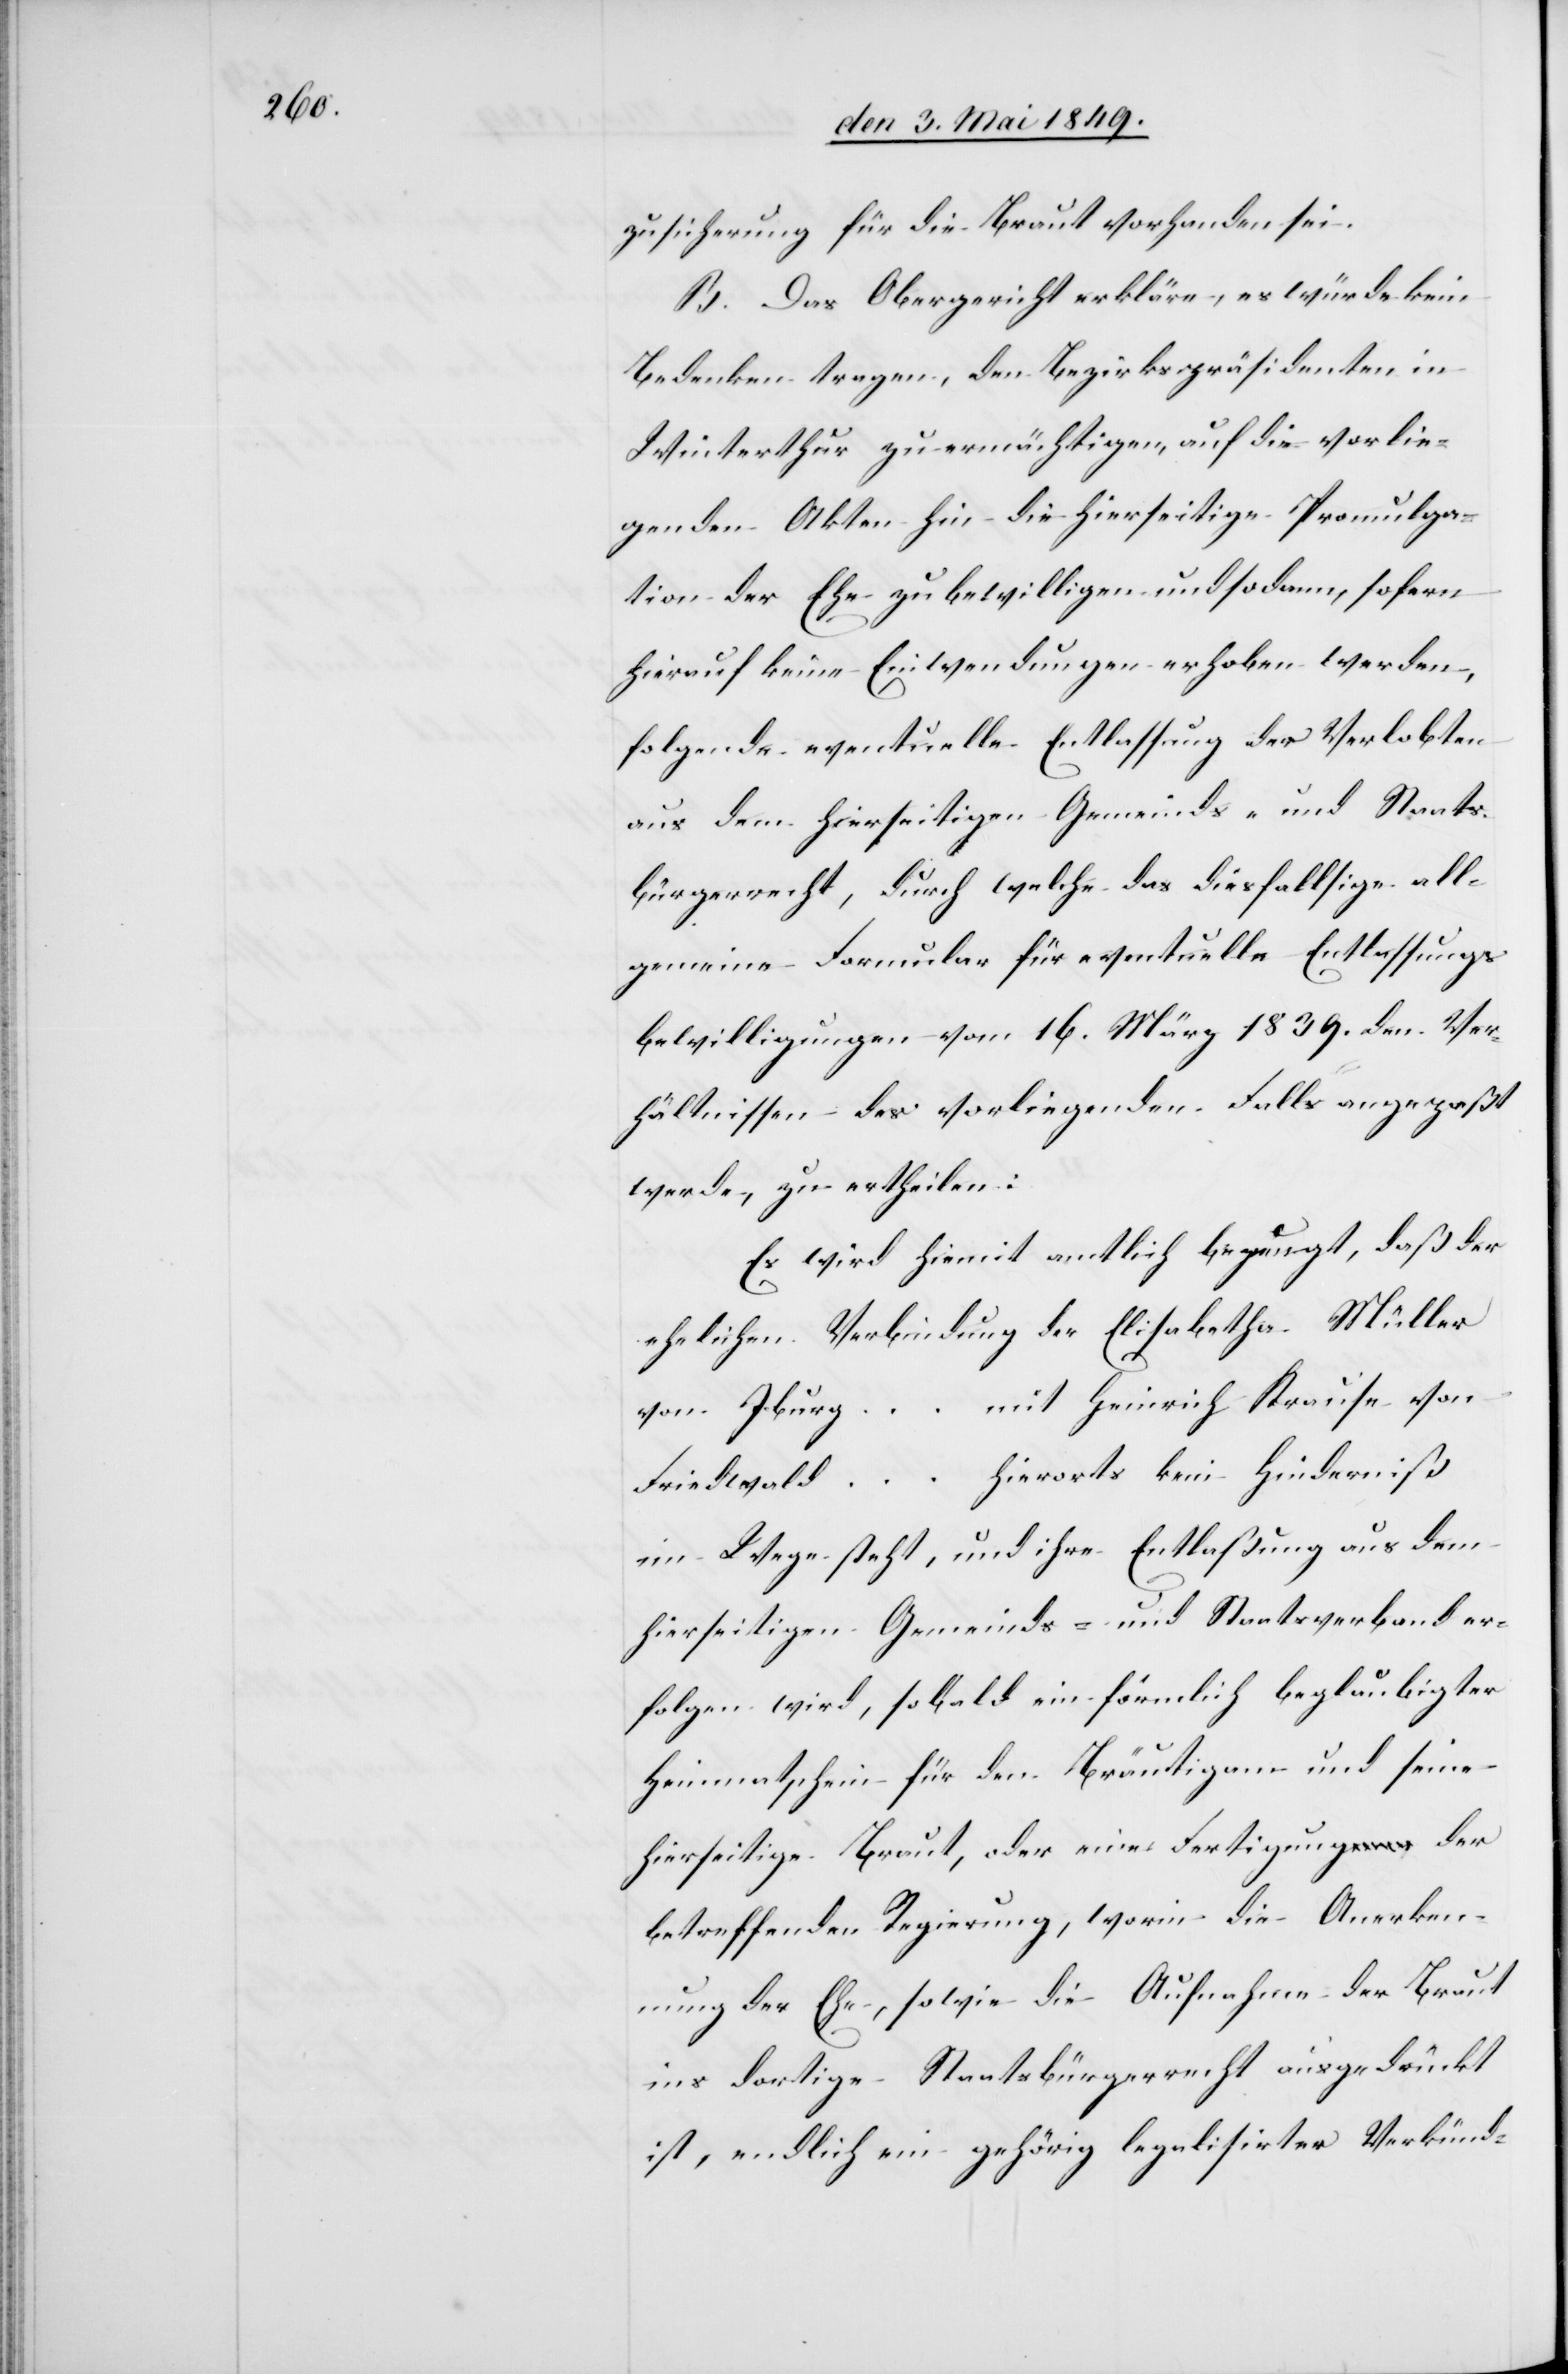
Zusicherung für die Braut vorhanden sei.
B. Das Obergericht erkläre, es würde kein
Bedenken tragen, den Bezirksgerichtspräsidenten in
Winterthur zu ermächtigen, auf die vorlie¬
genden Akten hin die hierseitige Promulga¬
tion der Ehe zu bewilligen und sodann, sofern
hierauf keine Einwendungen erhoben werden,
folgende eventuelle Entlassung der Verlobten
aus dem hierseitigen Gemeinds- und Staats¬
bürgerrecht, durch welche das diesfallsige all¬
gemeine Formular für eventuelle Entlassungs¬
bewilligungen vom 16. März 1839. den Ver¬
hältnissen des vorliegenden Falls angepaßt
werde, zu ertheilen:
Es wird hiemit amtlich bezeugt, daß der
ehelichen Verbindung der Elisabetha Müller
von Iburg … mit Heinrich Krause von
Friedwald … hierorts kein Hinderniß
im Wege steht, und ihre Entlaßung aus dem
hierseitigen Gemeinds- und Staatsverband er¬
folgen wird, so bald ein förmlich beglaubigter
Heimatschein für den Bräutigam und seine
hierseitige Braut, oder eine Fertigung der
betreffend Regierung, worin die Anerken¬
nung der Ehe, sowie die Aufnahme der Braut
ins dortige Staatsbürgerrecht ausgedrückt
ist, endlich ein gehörig legalisirter Verkünd-